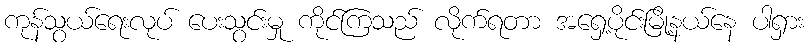
ကုန်သွယ်ရေးလုပ် ပေးသွင်းမှု ကိုင်ကြသည် လိုက်ရတာ အရှေ့ပိုင်းမြို့နယ်နေ ပါရှား